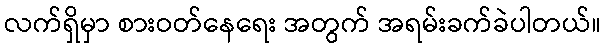
လက်ရှိမှာ စားဝတ်နေရေး အတွက် အရမ်းခက်ခဲပါတယ်။